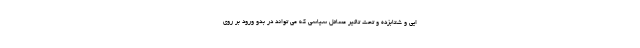
ایی و شتابزده و تحت تاثیر مسائل سیاسی که می تواند در بدو ورود بر روی